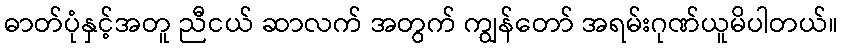
ဓာတ်ပုံနှင့်အတူ ညီငယ် ဆာလက် အတွက် ကျွန်တော် အရမ်းဂုဏ်ယူမိပါတယ်။